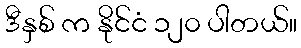
ဒီနှစ် က နိုင်ငံ ၁၂၀ ပါတယ်။